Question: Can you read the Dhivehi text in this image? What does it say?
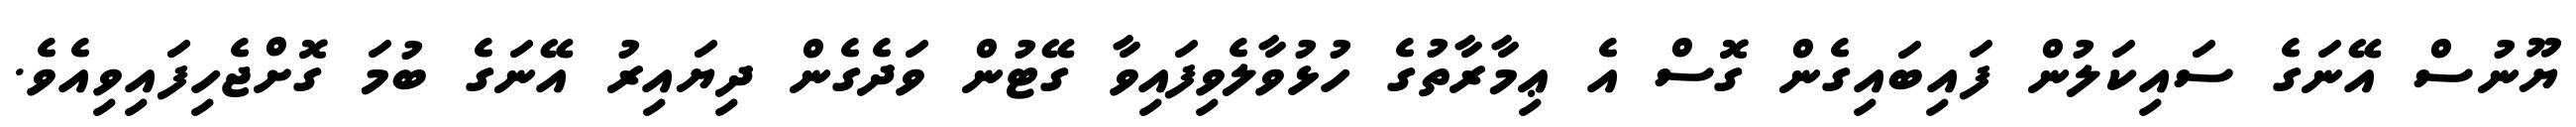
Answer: ޔޫނުސް އޭނަގެ ސައިކަލުން ފައިބައިގެން ގޮސް އެ ޢިމާރާތުގެ ހުޅުވާލެވިފައިވާ ގޭޓުން ވަދެގެން ދިޔައިރު އޭނަގެ ބުމަ ގޮށްޖެހިފައިވިއެވެ.